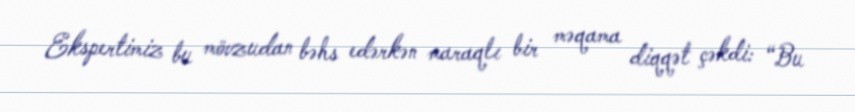
Ekspertimiz bu mövzudan bəhs edərkən maraqlı bir məqama diqqət çəkdi: “Bu